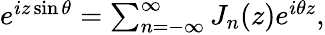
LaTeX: \begin{array}{r}{e^{iz\sin{\theta}}=\sum_{n=-\infty}^{\infty}J_{n}(z)e^{i\theta z},}\end{array}